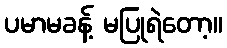
ပမာမခန့် မပြုရဲတော့။